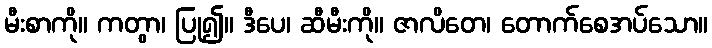
မီးစာကို။ ကတွာ၊ ပြု၍။ ဒီပေ၊ ဆီမီးကို။ ဇာလိတေ၊ တောက်စေအပ်သော။